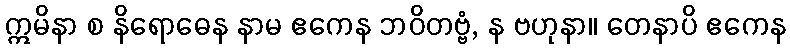
ဣမိနာ စ နိရောဓေန နာမ ဧကေန ဘဝိတဗ္ဗံ, န ဗဟုနာ။ တေနာပိ ဧကေန